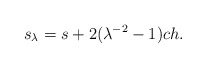
\begin{align*} s_{\lambda} = s + 2 (\lambda^{-2} -1) ch. \end{align*}